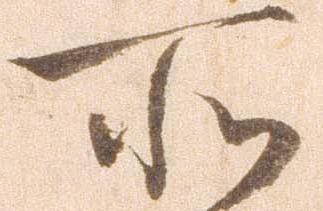
所